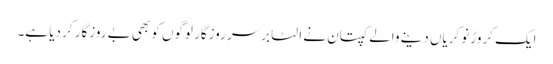
ایک کروڑ نوکریاں دینے والے کپتان نے الٹا برسرِ روزگار لوگوں کو بھی بے روزگار کر دیا ہے۔